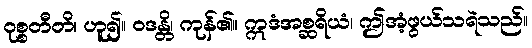
ဝုစ္စတီတိ၊ ဟူ၍။ ဝဒန္တိ၊ ကုန်၏။ ဣဒံအစ္ဆရိယံ၊ ဤအံ့ဖွယ်သရဲသည်။